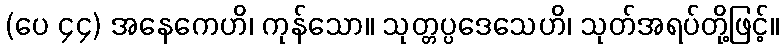
(ပေ ၄၄) အနေကေဟိ၊ ကုန်သော။ သုတ္တပ္ပဒေသေဟိ၊ သုတ်အရပ်တို့ဖြင့်။